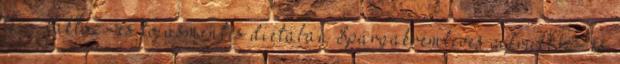
tej-, laktóz- és tojásmentes diétában Spárgakrémleves a fruktóz- és